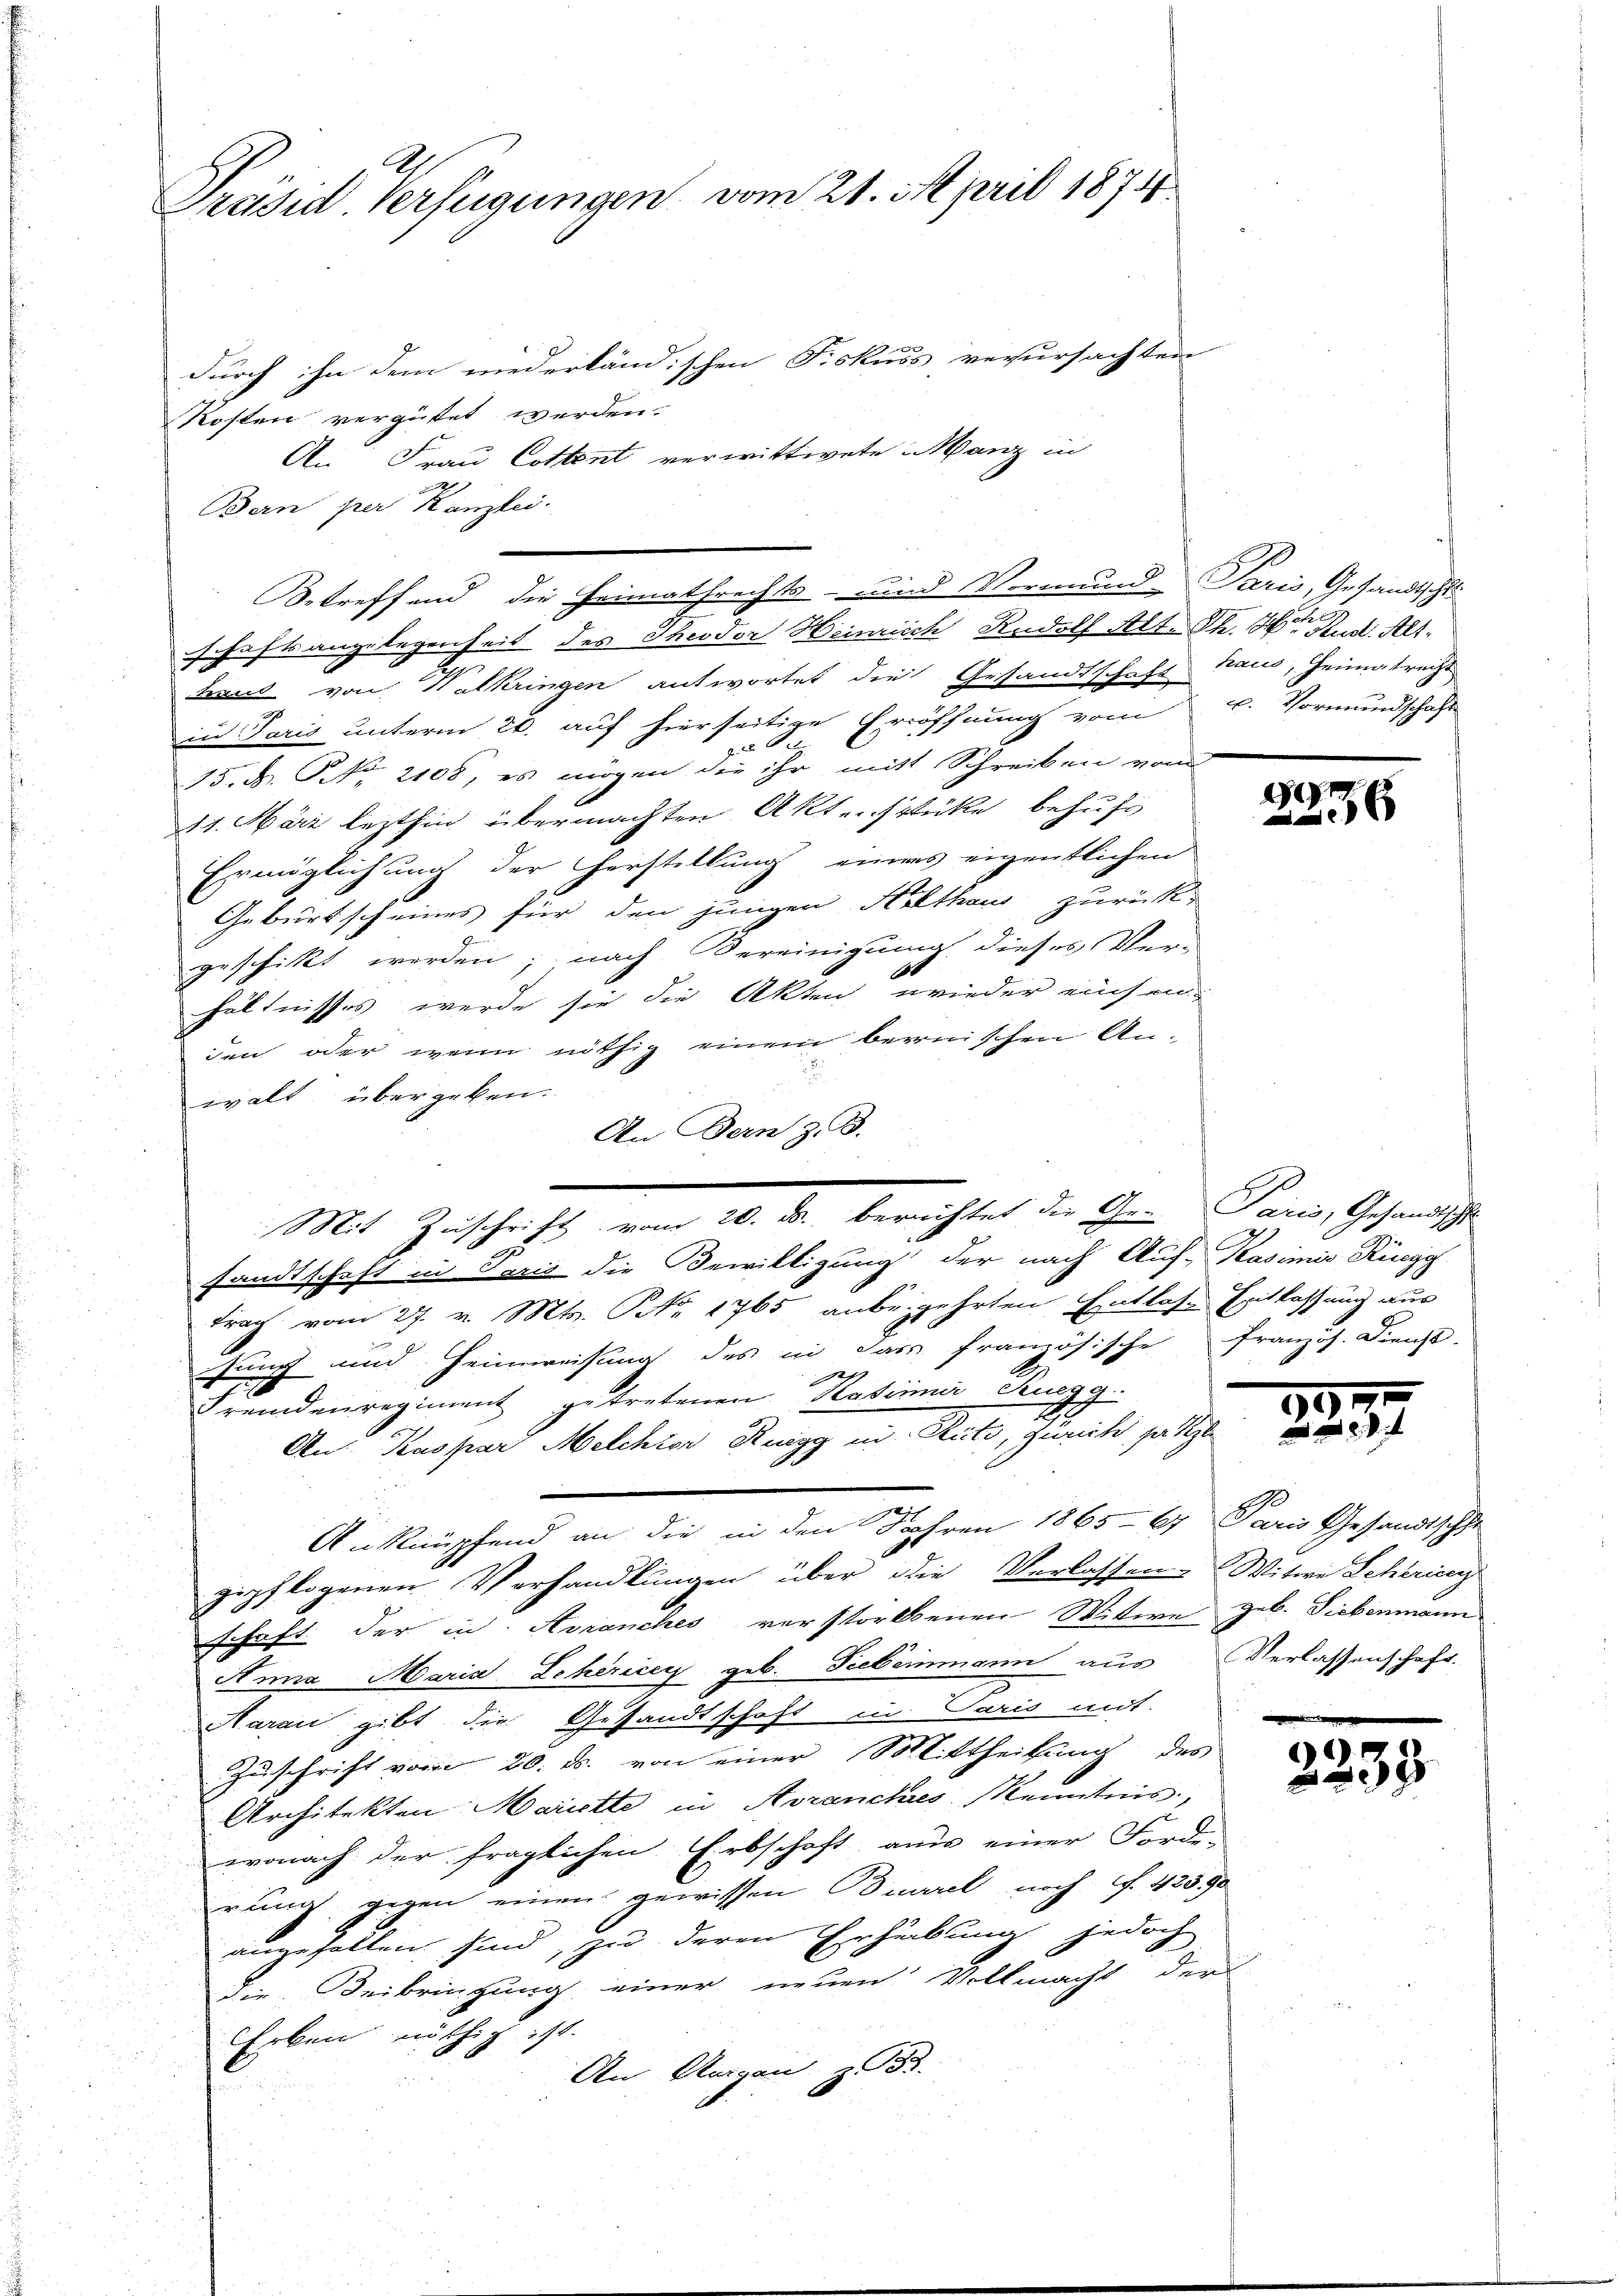
Präsid. Verfügungen vom 21. April 1874.

durch ihn dem niederländischen Fiskuss verursachten
Kosten vergütet werden.
An Frau Cottent verwittwete Manz in
Bern per Kanzlei.
schaftsangelegenheit des Theodor Heinrich Rudolf Alt. Th. Stud. Alti
d
haut von Halkringen antwortet die Gesandtschaft kaus, Heimatrechs
in Paris unterm 20. auf hierseitige Eröffnung vom 6. Vormundschaft
z
15. F. P. Nr. 2108, es mögen die ihr mitt Schreiben vom
14. März lezthin übermachten Aktenstücke behufs
Ermöglichung der Herstellung eines eigentlichen
Geburtscheines für den jungen Hilthaus zurück-
geschikt werden; nach Vereinigung dieses Ver-
10
hältnisses werde sie die Akten wieder einsen-
den oder wenn nöthig einem bernischen An-
walt übergeben.
An Bern z. B.
sandtschaft in Paris die Bewilligung der nach Auf-Kasimis Rüegg
Frach vom 27. v. Mts. Nr. 1765 anbegehrten Entlasse Entlassung aus
kunft und Heimweisung des in das französische Französ. Dienst-
h
2
Fremdenregiment getretenen Nationi Ruegg
An Kaspar Melchior Ruegg in Rüti, Zürich hatten
Anknüpfend an die in den Jahren 1865-67 Paris Gesandtschut
gepflogenen Verhandlungen über die Verlassen. Witwe Schering
schaft der in Avranches verstorbenen Witwe geb. Siebenmann
Anna Maria- Lekéricey geb. Siebeinmann aus Verlassenschaft.
Aarau gibt die Gesandtschaft in Paris mit
Zuschrift vom 20. ds. von einer Mittheilung des
Architekten Mariette in Avranches Kenntnis,
wonach der fraglichen Erbschaft aus einer Forde-
rung gegen einen gewissen Buarel noch f. 423,90
angefallen sind, zu deren Erhebung jedoch
die Beibringung einer neuen Vollmacht der
Erben nöthig ist.
An Reigau zu 53.

Betreffend die Heimathrechts- und Vormund Paris, Gesandtschl

Mit Zuschrift, von 10. die berichtet die Gern Panz, Gemeine

E

d
6

2
.

.

u

)
g